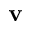
\mathbf { v }